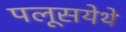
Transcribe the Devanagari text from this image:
पलूसयेथे